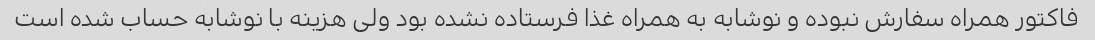
فاکتور همراه سفارش نبوده و نوشابه به همراه غذا فرستاده نشده بود ولی هزینه با نوشابه حساب شده است